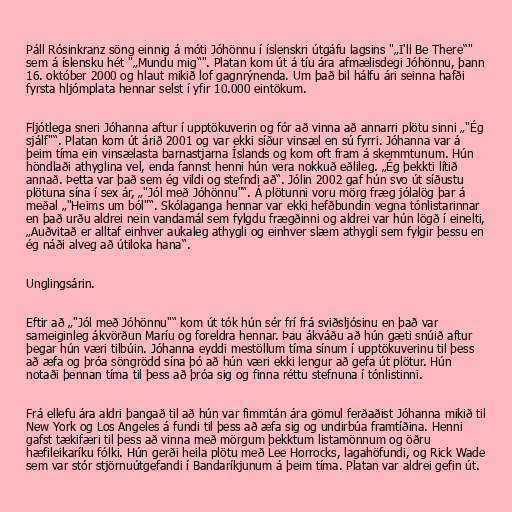
Páll Rósinkranz söng einnig á móti Jóhönnu í íslenskri útgáfu lagsins "„I'll Be There“"
sem á íslensku hét "„Mundu mig“". Platan kom út á tíu ára afmælisdegi Jóhönnu, þann
16. október 2000 og hlaut mikið lof gagnrýnenda. Um það bil hálfu ári seinna hafði
fyrsta hljómplata hennar selst í yfir 10.000 eintökum.

Fljótlega sneri Jóhanna aftur í upptökuverin og fór að vinna að annarri plötu sinni „"Ég
sjálf"“. Platan kom út árið 2001 og var ekki síður vinsæl en sú fyrri. Jóhanna var á
þeim tíma ein vinsælasta barnastjarna Íslands og kom oft fram á skemmtunum. Hún
höndlaði athyglina vel, enda fannst henni hún vera nokkuð eðlileg. „Ég þekkti lítið
annað. Þetta var það sem ég vildi og stefndi að“. Jólin 2002 gaf hún svo út síðustu
plötuna sína í sex ár, „"Jól með Jóhönnu"“. Á plötunni voru mörg fræg jólalög þar á
meðal „"Heims um ból"“. Skólaganga hennar var ekki hefðbundin vegna tónlistarinnar
en það urðu aldrei nein vandamál sem fylgdu frægðinni og aldrei var hún lögð í einelti,
„Auðvitað er alltaf einhver aukaleg athygli og einhver slæm athygli sem fylgir þessu en
ég náði alveg að útiloka hana“.

Unglingsárin.

Eftir að „"Jól með Jóhönnu"“ kom út tók hún sér frí frá sviðsljósinu en það var
sameiginleg ákvörðun Maríu og foreldra hennar. Þau ákváðu að hún gæti snúið aftur
þegar hún væri tilbúin. Jóhanna eyddi mestöllum tíma sínum í upptökuverinu til þess
að æfa og þróa söngrödd sína þó að hún væri ekki lengur að gefa út plötur. Hún
notaði þennan tíma til þess að þróa sig og finna réttu stefnuna í tónlistinni.

Frá ellefu ára aldri þangað til að hún var fimmtán ára gömul ferðaðist Jóhanna mikið til
New York og Los Angeles á fundi til þess að æfa sig og undirbúa framtíðina. Henni
gafst tækifæri til þess að vinna með mörgum þekktum listamönnum og öðru
hæfileikaríku fólki. Hún gerði heila plötu með Lee Horrocks, lagahöfundi, og Rick Wade
sem var stór stjörnuútgefandi í Bandaríkjunum á þeim tíma. Platan var aldrei gefin út.